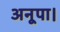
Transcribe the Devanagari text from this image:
अनूपा।